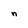
Character: n